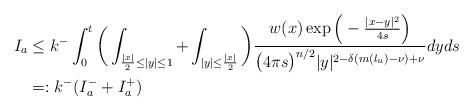
LaTeX: \begin{align*} \begin{aligned} I_{a} &\leq k^- \int_0^t\bigg(\int_{\frac{|x|}{2} \le |y| \le 1} +\int_{|y|\le \frac{|x|}{2}}\bigg) \frac{w (x)\exp\Big(-\frac{|x-y|^2}{4s}\Big)}{\big(4\pi s \big)^{n/2} |y|^{2-\delta (m(l_u)-\nu)+\nu}} dyds \\ & =: k^- (I_a^-+I_a^+) \end{aligned} \end{align*}